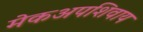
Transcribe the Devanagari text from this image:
मेकअपशिवाय